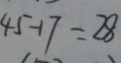
4 5 - 1 7 = 2 8